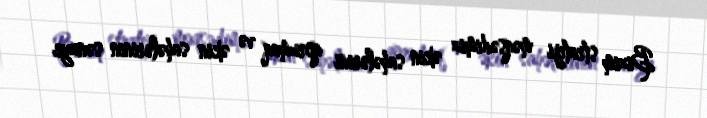
Bizim strateji məqsədimiz əkin sahələrini qorumaq və əkin sahələrinin sənaye